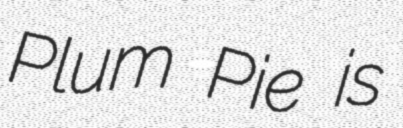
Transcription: Plum Pie is